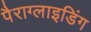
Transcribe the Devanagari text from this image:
पैराग्‍लाइडिंग